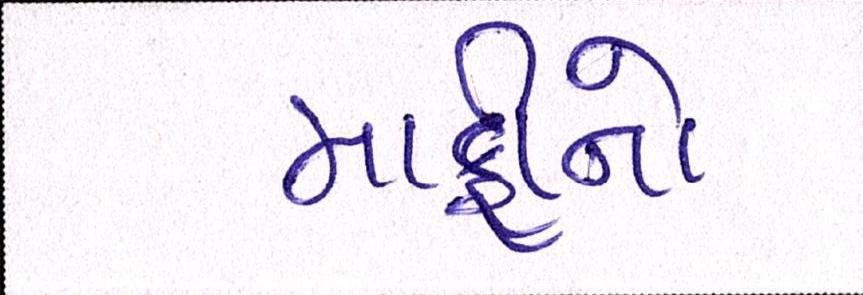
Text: માફીનો